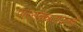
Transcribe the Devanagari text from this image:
पास्सकेन्नडायलचे